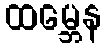
ထမ္ဘေန